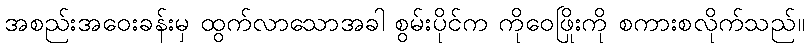
အစည်းအဝေးခန်းမှ ထွက်လာသောအခါ စွမ်းပိုင်က ကိုဝေဖြိုးကို စကားစလိုက်သည်။